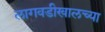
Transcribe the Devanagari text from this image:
लागवडीखालच्या